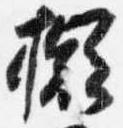
擬